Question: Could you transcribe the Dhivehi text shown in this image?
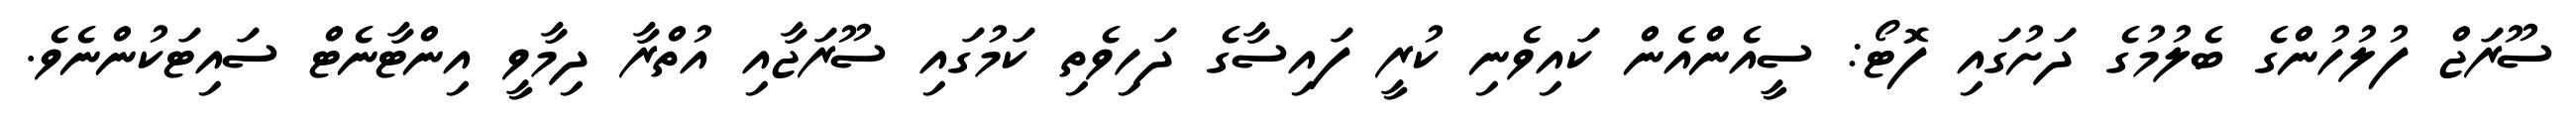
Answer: ސޫރަޖް ފުލުހުންގެ ބެލުމުގެ ދަށުގައި ފޮޓޯ: ސީއެންއެން ކައިވެނި ކުރީ ފައިސާގެ ދަހިވެތި ކަމުގައި ސޫރަޖާއި އުތްރާ ދިމާވީ އިންޓާނެޓް ސައިޓަކުންނެވެ.